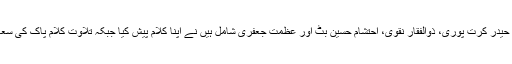
کانفرنس میں متعدد شعراء کرام جن میں حیدر کرت پوری، ذوالفقار نقوی، احتشام حسین بٹ اور عظمت جعفری شامل ہیں نے اپنا کلام پیش کیا جبکہ تلاوت کلام پاک کی سعادت مولانا شیخ ناصری نے حاصل کی۔